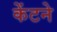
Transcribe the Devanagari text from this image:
केंटने